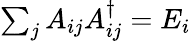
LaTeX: \textstyle\sum_{j}A_{ij}A_{ij}^{\dagger}=E_{i}